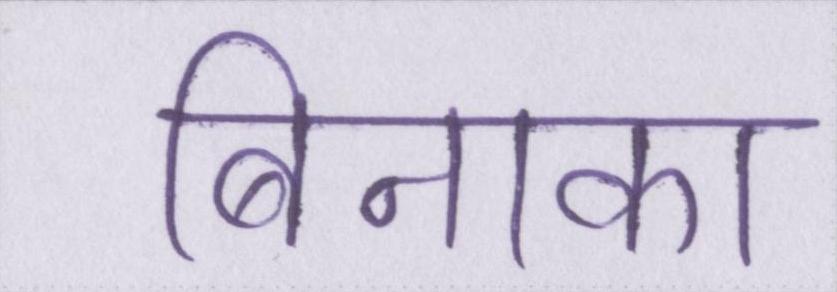
बिनाका